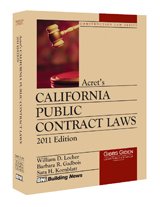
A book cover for Acret's California Public Contract Laws Annotated 2011 Edition; Acret; Law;